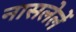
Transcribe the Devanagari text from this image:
नासलेलें